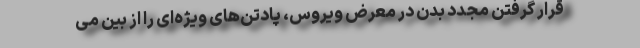
قرار گرفتن مجدد بدن در معرض ویروس، پادتن‌های ویژه‌ای را از بین می